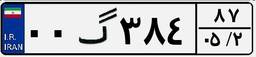
۰۰گ۳۸۴۸۷